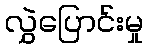
လွှဲပြောင်းမှု